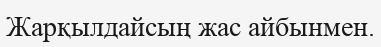
Жарқылдайсың жас айбынмен.